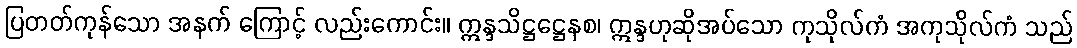
ပြတတ်ကုန်သော အနက် ကြောင့် လည်းကောင်း။ ဣန္ဒသိဋ္ဌဋ္ဌေနစ၊ ဣန္ဒဟုဆိုအပ်သော ကုသိုလ်ကံ အကုသိုလ်ကံ သည်